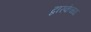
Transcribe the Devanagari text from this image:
द्वारकेच्या